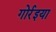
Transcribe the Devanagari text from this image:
गोर्रइया